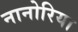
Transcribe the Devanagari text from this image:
नानोरिया